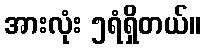
အားလုံး ၅ရံရှိတယ်။